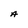
Character: A